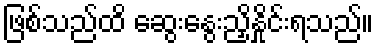
ဖြစ်သည်ထိ ဆွေးနွေးညှိနှိုင်းရသည်။